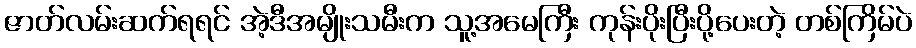
ဇာတ်လမ်းဆက်ရရင် အဲ့ဒီအမျိုးသမီးက သူ့အမေကြီး ကုန်းပိုးပြီးပို့ပေးတဲ့ တစ်ကြိမ်ပဲ